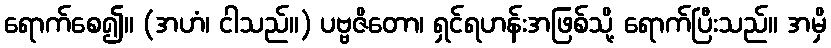
ရောက်စေ၍။ (အဟံ၊ ငါသည်။) ပဗ္ဗဇိတော၊ ရှင်ရဟန်းအဖြစ်သို့ ရောက်ပြီးသည်။ အမှိ